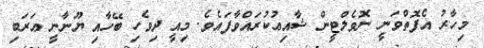
މިހާރު އެފޮތްވަނީ ނޮވެލްޓީން ޝާއިޢުކުރައްވާފައެވެ. މިއީ ދިވެހި ބޭހާއި ޔޫނާނީ ޢަރަބި